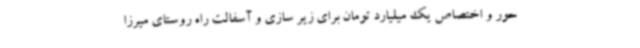
حور و اختصاص یک میلیارد تومان برای زیر سازی و آسفالت راه روستای میرزا